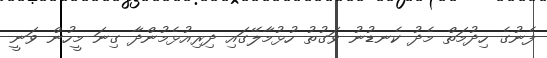
ފެނުގެ ހިދުމަތް މެދު ކެނޑުނު ވަގުތު ހުޅުމާލޭގައި ދިރިއުޅެމުންދާ ގިނަ މީހުން ވަނީ